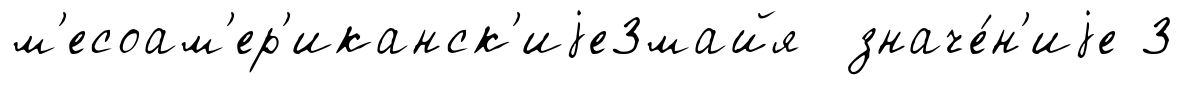
м'есоам'ер'иканск'иjе3майя значе́н'иjе 3